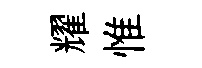
耀惟